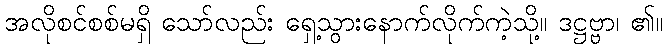
အလိုစင်စစ်မရှိ သော်လည်း ရှေ့သွားနောက်လိုက်ကဲ့သို့။ ဒဋ္ဌဗ္ဗာ၊ ၏။